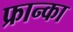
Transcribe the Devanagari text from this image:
फ्रान्का